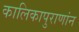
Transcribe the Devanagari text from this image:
कालिकापुराणांन